Calcutta medical institutions reports 1879-81 [i.e.91]
Year: 1879
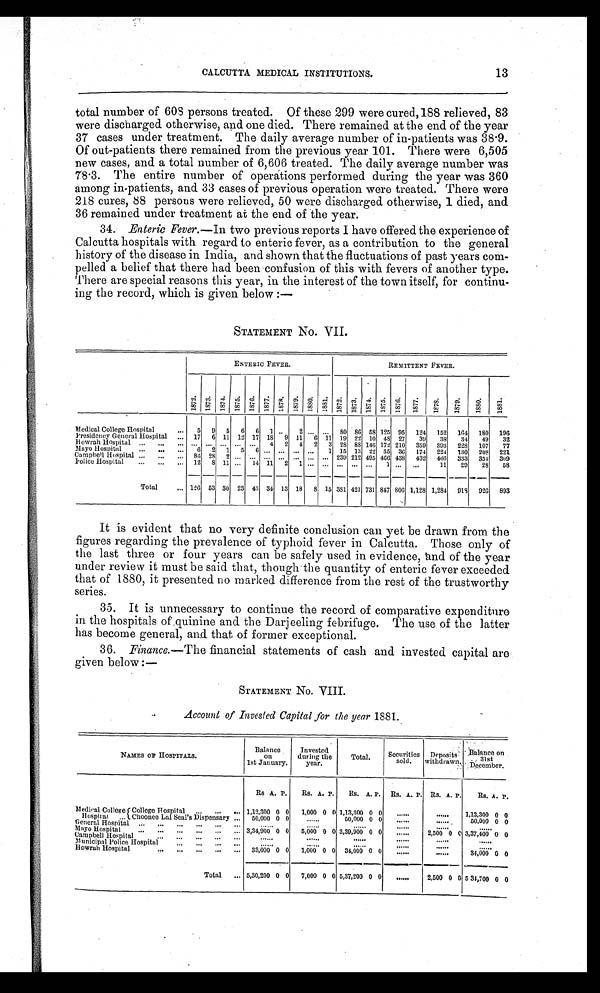
CALCUTTA MEDICAL INSTITUTIONS.
13
total number of 608 persons treated. Of these 299 were cured, 188 relieved, 83
were discharged otherwise, and one died. There remained at the end of the year
37 cases under treatment. The daily average number of in-patients was 38.9.
Of out-patients there remained from the previous year 101. There were 6,505
new cases, and a total number of 6,606 treated. The daily average number was
78.3. The entire number of operations performed during the year was 360
among in-patients, and 33 cases of previous operation were treated. There were
218 cures, 88 persons were relieved, 50 were discharged otherwise, 1 died, and
36 remained under treatment at the end of the year.
34. Enteric Fever .—In two previous reports I have offered the experience of
Calcutta hospitals with
b
regard to enteric fever, as a contribution to the general
history of the disease in India, and shown that the fluctuations of past years com
-pelled a belief that there had been confusion of this with fevers of another type.
There are special reasons this year, in the interest of the town itself, for continu
-ing the record, which is given below:—
STATEMENT No. VII.
ENTERIC FEVER.
REMITTENT FEVER.
1872. 1873. 1874. 1875. 1876. 1877. 1878. 1879. 1880. 1881.
1872.
1873. 1874. 1875
1876.
1877.
1878.
1879.
1880.
1881.
Medical College Hospital
5
9
5
6
6
1 ..
2 ...
...
8O 86 5S 125 95
124
152
164
180
196
Presidency General Hospital
17
6 11 12 17 18
9 11
6 11 19 22 10 48 27
39
38
34
49
32
Howrah Hospital
..,
... ...
...
...
4
2
4
2
3 28 88 146 172 210
359
393
228
107
77
Mayo Hospital
6
2
1
5
6 ... ....
. . . ..,
1 15 13 22 35 36
174
224
130
208
221
Campbell Hospital
86 28
2 ...
..
...
...
. . . ...
... 239 212 495 466 438
432
466
333
3 5 4 309
Police Hospital
12
8 11 ...
14 11
2
1 ...
... ... ...
...
1 ...
...
11
29
28
58
Total
126 53 30 23 43 34 13 18
8 15 381 421 731 847
8 0 6 1,128 1,284
918
926
893
It is evident that no very definite conclusion can yet be drawn from the
figures regarding the prevalence of typhoid fever in Calcutta. Those only of
the last three or four years can be safely used in evidence, sand of the year
under review it must be said that, though the quantity of enteric fever exceeded
that of 1880, it presented no marked difference from the rest of the trustworthy
series.
35. It is unnecessary to continue the record of comparative expenditure
in the hospitals of .quinine and. the Darjeeling febrifuge. The use of the latter
has become general, and that of former exceptional.
36. Finance.—The financial statements of cash and invested capital are
given below:—
STATEMENT NO. VIII.
Account of Invested Capital for the year 1881.
NAMES OF HOSPITALS.
Balance
on
let January.
Invested
during the
year.
Total.
Securities
sold.
D e p o s i t s
withdrawn
Balance on
31st
December.
R s . A. P.
R s .
A. P.
Rs. A. P. Rs. A. P. Rs. A. P.
Rs. A. P.
Medical Colle g e f College Hospital
1,12,300 0 0
1,000 0 0 1,13,300 0 0 ......
......
1,13,300 0 0
Hospital Choonee Lal Seal's Dispensary
50,000 0 0
......
50,000 0 0 ......
......
50,000 0 0
General Hospital
......
......
......
Mayo Hospital
3,34,900 0 0
5,000 0 0 3,39,900 0 0
...... . . . . ..
2,500 0 0 3,37,400 0 0
Campbell Hospital
......
......
......
......
......
Municipal Police Hospital
......
......
......
......
......
Howrah Hospital
33,000 0 0
1,000 0 0
34,000 0 0 ......
......
3 4 , 0 0 0 0 0
Total
5,30,200 0 0
7,000 0 0 5,37,200 0 0
......
2,500 0 0 5,31,700 0 0